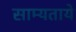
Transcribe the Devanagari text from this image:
साम्यताये